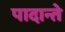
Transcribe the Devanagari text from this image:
पादान्ते